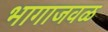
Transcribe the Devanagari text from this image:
भागाजवळ